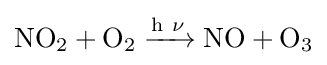
{\mathrm {NO} {\vphantom {A}}_{\smash[{t}]{2}}{}+{}\mathrm {O} {\vphantom {A}}_{\smash[{t}]{2}}{}\mathrel {\xrightarrow {\mathrm {h} ~\mathrm {\nu } } } {}\mathrm {NO} {}+{}\mathrm {O} {\vphantom {A}}_{\smash[{t}]{3}}}